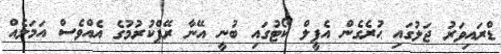
ޑްރައިވަރު ޖަލުގައި ޙުރެގެން އެޕީލް ކޯޓުގައި ބުނީ އޭނާ ރޭޕްކުރުމުގެ އެއްވެސް އަމަލެއް